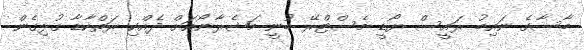
ބާސާގެ ނައިބު ރައީސް ޔޯޑީ މެސްޓްރޭ ބުނީ މަޝެރާނޯއަށް ދެއްކި ރަތްކާޑާ ގުޅިގެން